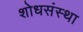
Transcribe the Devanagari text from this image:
शोधसंस्था